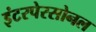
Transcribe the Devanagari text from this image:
इंटरपेरसोनल